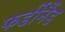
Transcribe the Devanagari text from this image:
फर्डीनैंड